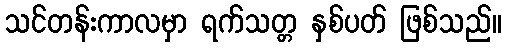
သင်တန်းကာလမှာ ရက်သတ္တ နှစ်ပတ် ဖြစ်သည်။